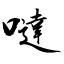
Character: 噠